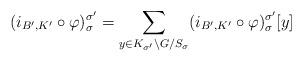
LaTeX: \begin{align*} (i_{B',K'} \circ \varphi)_{\sigma}^{\sigma'} = \sum_{y \in K_{\sigma'}\backslash G /S_{\sigma}} (i_{B',K'} \circ \varphi)_{\sigma}^{\sigma'}[y] \end{align*}